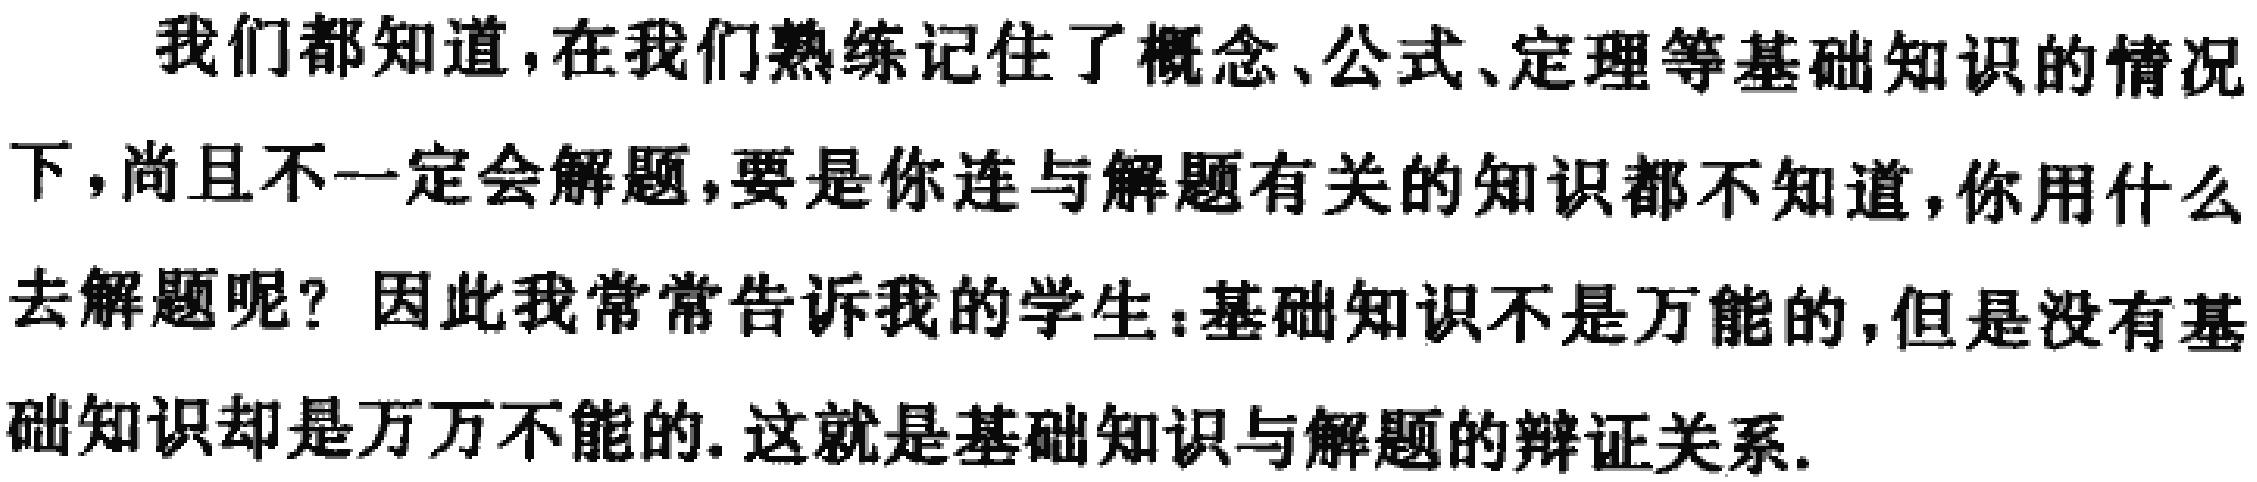
我们都知道，在我们熟练记住了概念、公式、定理等基础知识的情况下，尚且不一定会解题，要是你连与解题有关的知识都不知道，你用什么去解题呢？因此我常常告诉我的学生：基础知识不是万能的，但是没有基础知识却是万万不能的. 这就是基础知识与解题的辩证关系.